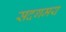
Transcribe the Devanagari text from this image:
सदगमय